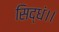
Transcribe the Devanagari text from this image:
सिद्धं।।